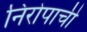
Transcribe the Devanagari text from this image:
निरोपाची